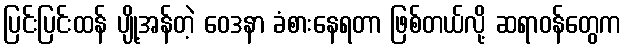
ပြင်းပြင်းထန် ပျို့အန်တဲ့ ဝေဒနာ ခံစားနေရတာ ဖြစ်တယ်လို့ ဆရာဝန်တွေက